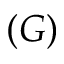
( G )